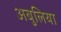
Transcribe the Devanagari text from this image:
अबुलिया